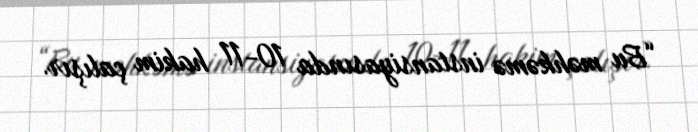
“Bu məhkəmə instansiyasında 10-11 hakim çalışır.